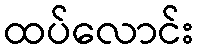
ထပ်လောင်း